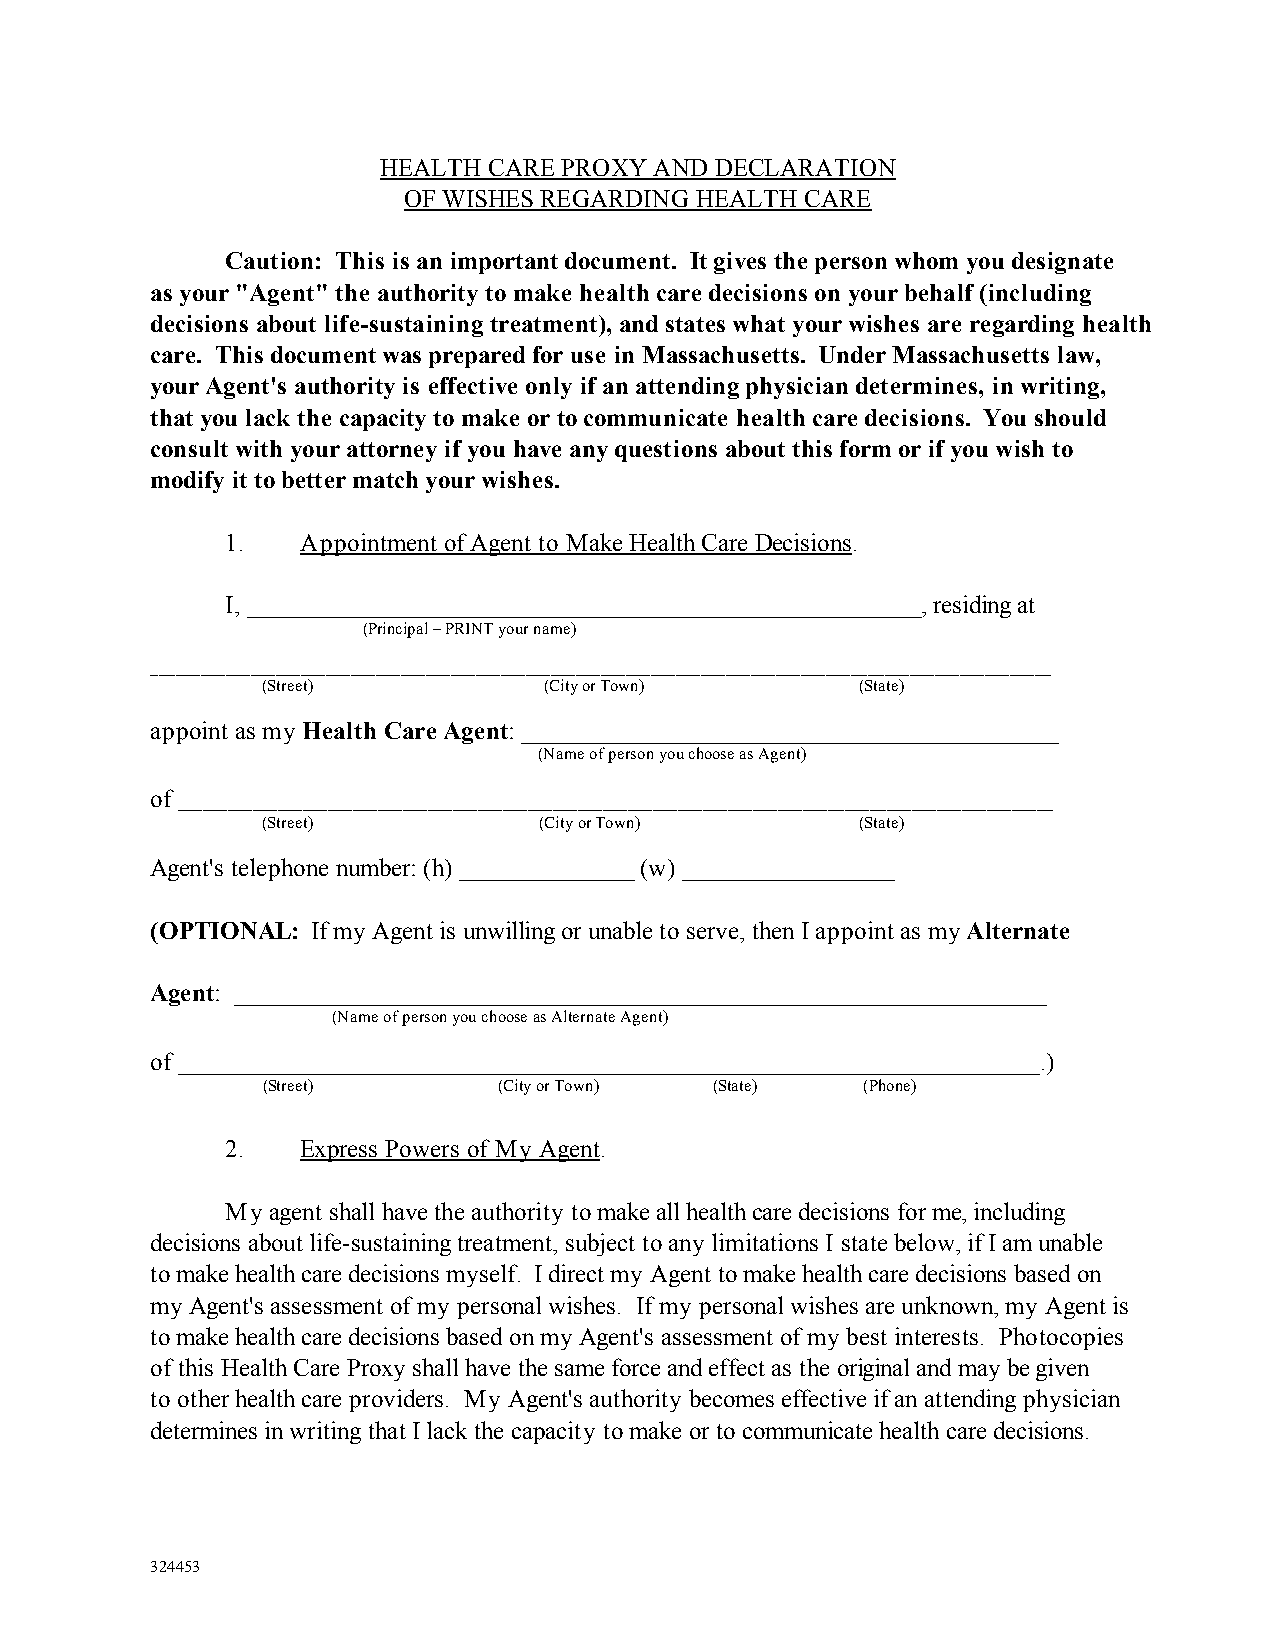
HEALTH CARE PROXY AND DECLARATION
 OF WISHES REGARDING HEALTH CARE
 Caution: This is an important document. It gives the person whom you designate
 as your "Agent" the authority to make health care decisions on your behalf (including
 decisions about life-sustaining treatment), and states what your wishes are regarding health
 care. This document was prepared for use in Massachusetts. Under Massachusetts law,
 your Agent's authority is effective only if an attending physician determines, in writing,
 that you lack the capacity to make or to communicate health care decisions. You should
 consult with your attorney if you have any questions about this form or if you wish to
 modify it to better match your wishes.
 1.   Appointment of Agent to Make Health Care Decisions.
 I, ______________________________________________________, residing at
 (Principal – PRINT your name)
 ____________________________________________________________________________________________________________
 (Street)           (City or Town)       (State)
 appoint as my Health Care Agent: ___________________________________________
 (Name of person you choose as Agent)
 of
 _________________________________________________________________________________________________________
 (Street)           (City or Town)       (State)
 Agent's telephone number: (h) ______________ (w) _________________
 (OPTIONAL: If my Agent is unwilling or unable to serve, then I appoint as my Alternate
 Agent: _________________________________________________________________
 (Name of person you choose as Alternate Agent)
 of _____________________________________________________________________.)
 (Street)        (City or Town) (State)  (Phone)
 2.   Express Powers of My Agent.
 My agent shall have the authority to make all health care decisions for me, including
 decisions about life-sustaining treatment, subject to any limitations I state below, if I am unable
 to make health care decisions myself. I direct my Agent to make health care decisions based on
 my Agent's assessment of my personal wishes. If my personal wishes are unknown, my Agent is
 to make health care decisions based on my Agent's assessment of my best interests. Photocopies
 of this Health Care Proxy shall have the same force and effect as the original and may be given
 to other health care providers. My Agent's authority becomes effective if an attending physician
 determines in writing that I lack the capacity to make or to communicate health care decisions.
 324453